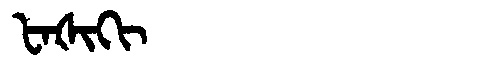
Manchu: ᡶᠠᡧᡳᡴᡳ
Romanization: FAŠIKI